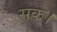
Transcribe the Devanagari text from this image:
सक।